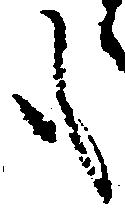
も